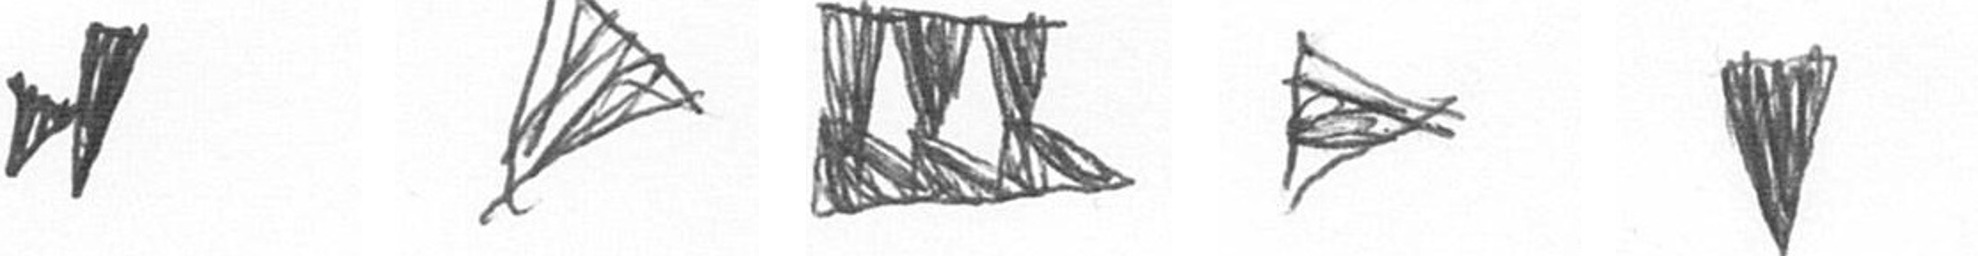
M O D T J